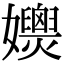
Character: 𡤚